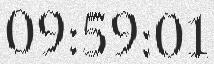
09:59:01